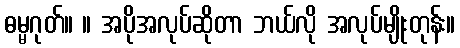
ဓမ္မဂုတ်။ ။ အပိုအလုပ်ဆိုတာ ဘယ်လို အလုပ်မျိုးတုန်း။